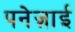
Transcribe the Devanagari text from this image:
पनेज़ाई